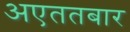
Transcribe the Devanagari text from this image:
अएततबार